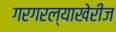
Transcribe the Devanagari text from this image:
गरगरल्याखेरीज